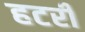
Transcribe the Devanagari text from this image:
हटरी